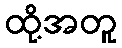
ထို့အတူ